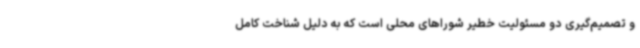
و تصمیم‌گیری دو مسئولیت خطیر شوراهای محلی است که به دلیل شناخت کامل